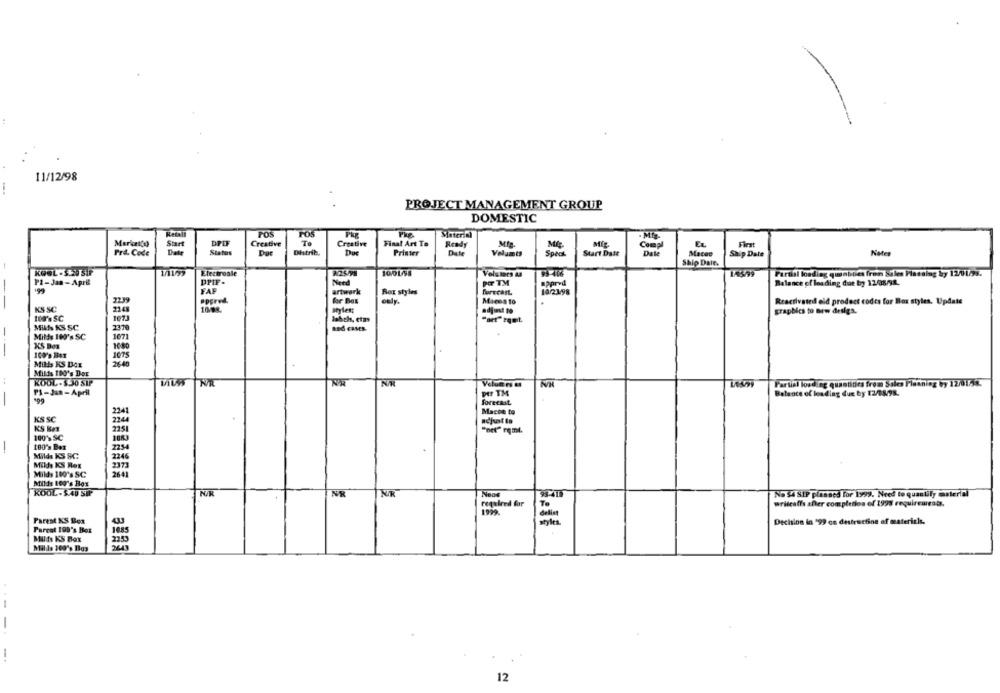
11/12/98
PROJECT MANAGEMENT GROUP
DOMESTIC
Recall
Pos
FOS
Material
DPD
Creative
Te
Creative
Final Art To
MIp.
Start
Ready
Comp
Pri. Code
Status
Distrib.
Due
Printer
Date
Velumts
Speck
Start Date
Macet
Ship Date
Nate
1
Ship Dale.
KOOL .S.20 Sir
Electroale
1001/95
Volumes as
14399
Partial loading quenbbies fron Sales Fiasslag by 12/01/3s.
P1-Jan-April
DPIF.
Need
POT TM
Balance of leading due by 12/08/92.
199
FAF
artwork
Rox styles
furTCast.
10/2198
2239
Pppred.
for Bas
only:
Macos to
Reactivated eld product codes for Box styles. Update
KS SC
2248
graphics to new desigs.
tod's SC
107
Jahich, etms
MIA KS SC
and cases-
Milde 100% SC
1071
KS Dos
1080
1075
Mills KS Box
26.40
Milis 100's Dor
KOOL-$30 S1P
N/K
Partial loading quantities from Ssics Planning by 12/01/4℃
PS-Jan-April
Ptr TM
Balance of leading due by 12/08/98.
-
199
forecast
2241
Mache to
KS SC
2244
KS Bez
100'% SC
100'> Bex
2254
Milds KS SC
2246
Milds KS Ret
Milds 100's SC
2641
Milds Le0's Box
KOOL-$40 SIP
98-415
NR
No $4 SIP planned for 1999. Need to quantily sterial
required for
writealfa after completion of 1998 requirements.
delist
TO
Parent KS Box
Decision in '99 ce destructing of materials.
Parcat 100's Box
Milfs KS Box
Mills 100's Big3
-
12